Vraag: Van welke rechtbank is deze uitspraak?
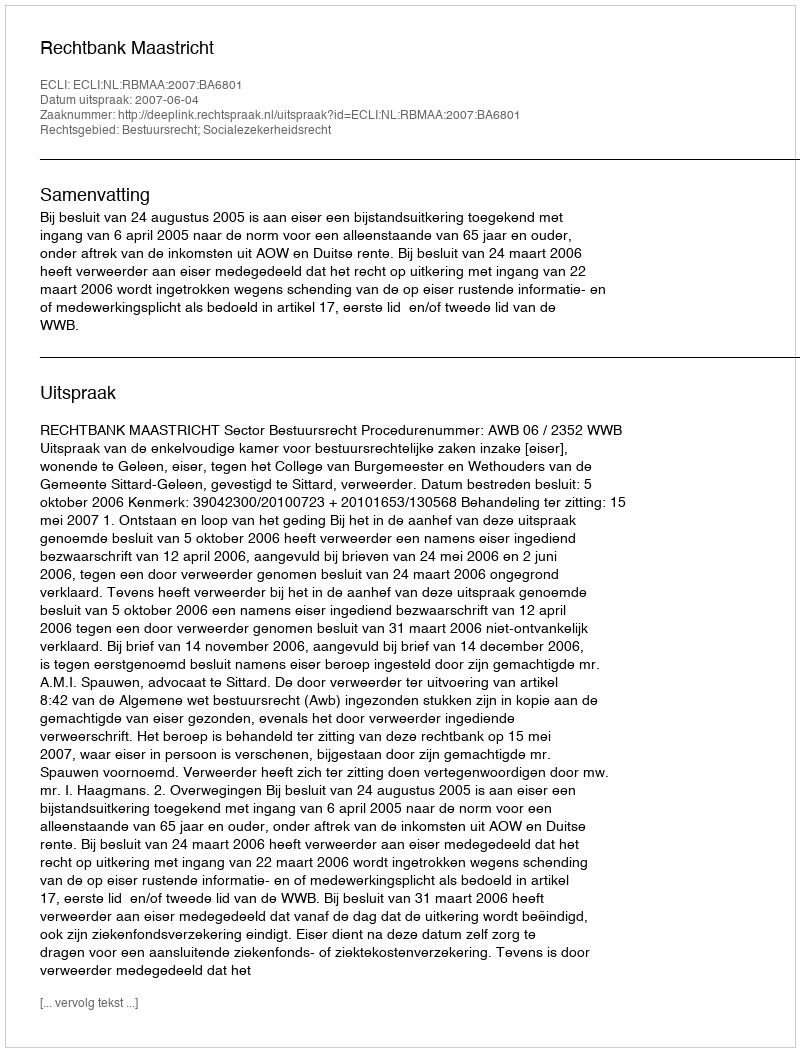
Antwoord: Rechtbank Maastricht